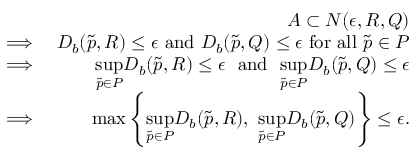
\begin{array} { r l r } & { } & { A \subset N ( \epsilon , R , Q ) } \\ & { \implies } & { D _ { b } ( \Tilde { p } , R ) \leq \epsilon ~ \mathrm { a n d } ~ D _ { b } ( \Tilde { p } , Q ) \leq \epsilon ~ \mathrm { f o r ~ a l l } ~ \Tilde { p } \in P } \\ & { \implies } & { \underset { \Tilde { p } \in P } { \operatorname* { s u p } } D _ { b } ( \Tilde { p } , R ) \leq \epsilon ~ ~ \mathrm { a n d } ~ ~ \underset { \Tilde { p } \in P } { \operatorname* { s u p } } D _ { b } ( \Tilde { p } , Q ) \leq \epsilon } \\ & { \implies } & { \operatorname* { m a x } \left\{ \underset { \Tilde { p } \in P } { \operatorname* { s u p } } D _ { b } ( \Tilde { p } , R ) , ~ \underset { \Tilde { p } \in P } { \operatorname* { s u p } } D _ { b } ( \Tilde { p } , Q ) \right\} \leq \epsilon . } \end{array}